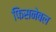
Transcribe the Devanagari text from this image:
फिसनेबल